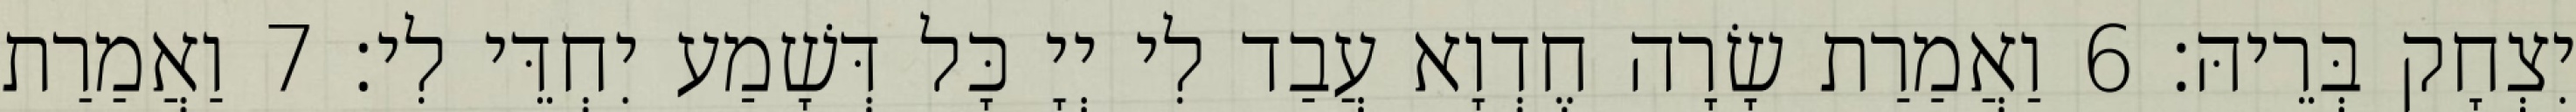
יִצְחָק בְּרֵיהּ׃ 6 וַאֲמַרַת שָׂרָה חֶדְוָא עֲבַד לִי יְיָ כָּל דְּשָׁמַע יִחְדֵּי לִי׃ 7 וַאֲמַרַת